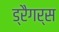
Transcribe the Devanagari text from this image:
ड्रैगर्स